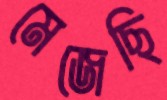
মেজেছি